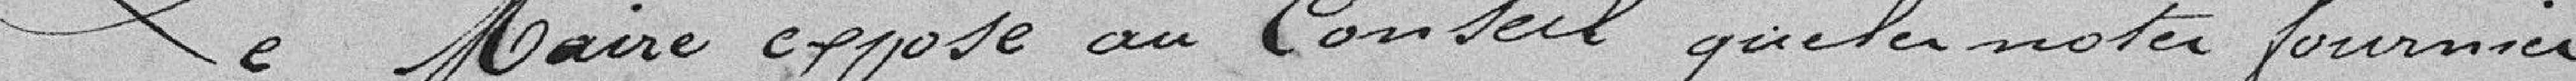
Le Maire expose au Conseil que les notes fournies